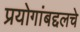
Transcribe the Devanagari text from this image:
प्रयोगांबद्दलचे